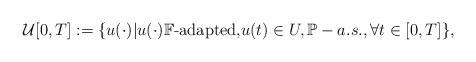
LaTeX: \begin{align*}\mathcal{U}[0,T]:=\{u(\cdot)|u(\cdot)\mathbb{F}\text{-adapted,}u(t)\in U, \mathbb{P}-a.s., \forall t\in\lbrack0,T]\},\end{align*}